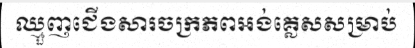
ឈ្មួញជើងសារចក្រភពអង់គ្លេសសម្រាប់